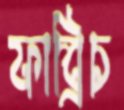
ফাব্রিচ